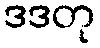
ဒဒတု